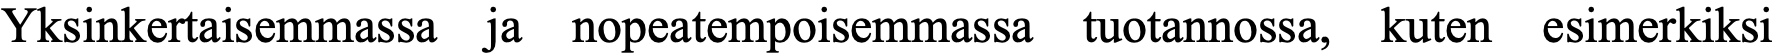
Yksinkertaisemmassa ja nopeatempoisemmassa tuotannossa, kuten esimerkiksi